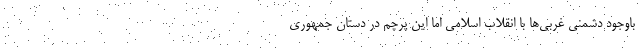
باوجود دشمنی غربی‌ها با انقلاب اسلامی اما این پرچم در دستان جمهوری